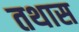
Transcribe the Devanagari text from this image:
तथास